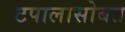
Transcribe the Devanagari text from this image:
टपालासोबत